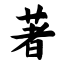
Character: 著